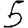
Digit: 5